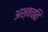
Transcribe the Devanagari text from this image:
अश्ववति